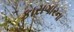
કારાગારના